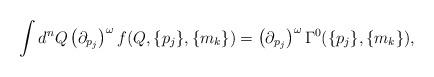
LaTeX: \begin{align*}\int d^{n}Q \left ({\partial}_{p_{j}} \right )^{\omega}f(Q,\{p_{j}\},\{m_{k}\})=\left ( {\partial}_{p_{j}} \right )^{\omega} \Gamma^{0}(\{p_{j}\},\{m_{k}\}),\end{align*}